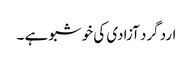
ارد گرد آزادی کی خوشبو ہے ۔